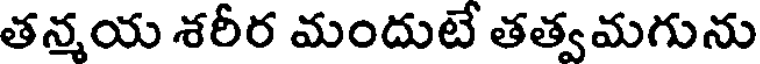
తన్మయ శరీర మందుటే తత్వమగును